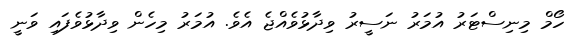
ހޯމް މިނިސްޓަރު އުމަރު ނަސީރު ވިދާޅުވެއްޖެ އެވެ. އުމަރު މިހެން ވިދާޅުވެފައި ވަނީ